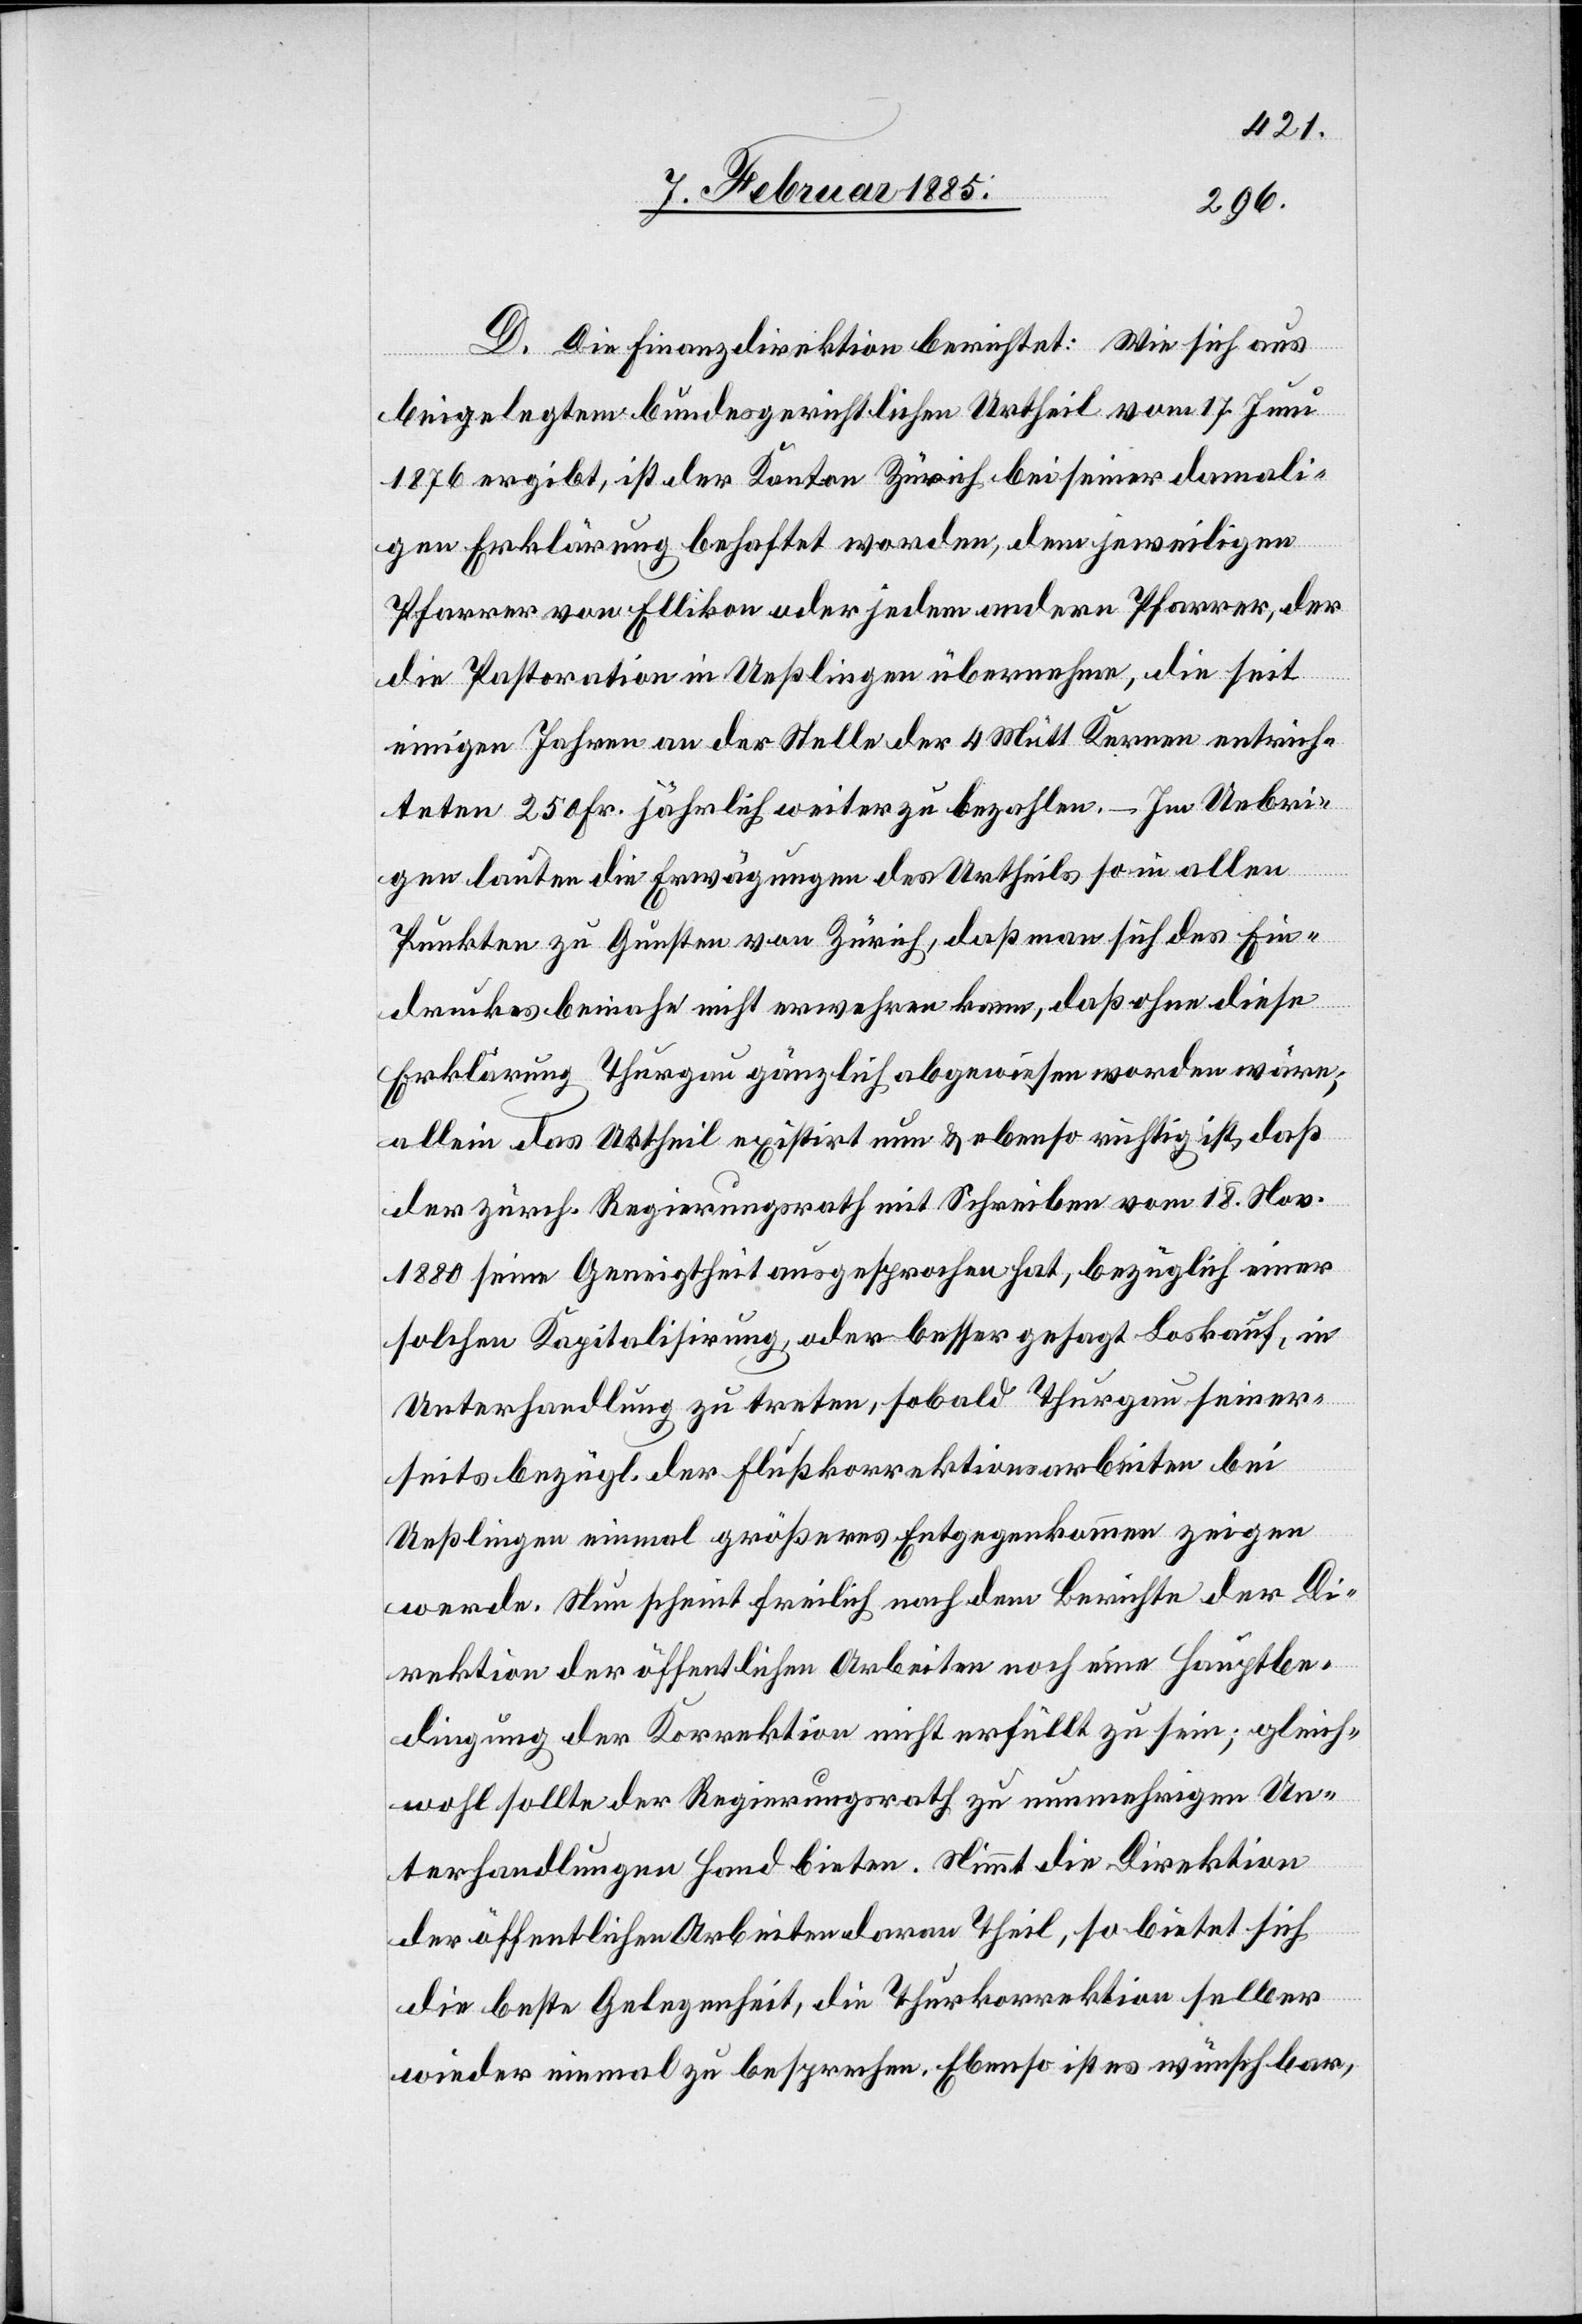
D. Die Finanzdirektion berichtet: Wie sich aus
beigelegtem bundesgerichtlichen Urtheil vom 17. Juni
1876 ergibt, ist der Kanton Zürich bei seiner damali¬
gen Erklärung behaftet worden, dem jeweiligen
Pfarrer von Ellikon oder jedem andern Pfarrer, der
die Pastoration in Ueßlingen übernehme, die seit
einigen Jahren an der Stelle der 4 Mütt. Kernen entrich¬
teten 250 Fr. jährlich weiter zu bezahlen. – Im Uebri¬
gen lauten die Erwägungen des Urtheils so in allen
Punkten zu Gunsten von Zürich, daß man sich des Ein¬
druckes beinahe nicht erwehren kann, daß ohne diese
Erklärung Thurgau gänzlich abgewiesen worden wäre;
allein das Urtheil existirt nun & ebenso richtig ist, daß
der zürch. Regierungsrath mit Schreiben vom 18. Nov.
1880 seine Geneigtheit ausgesprochen hat, bezüglich einer
solchen Kapitalisirung, oder besser gesagt Loskauf, in
Unterhandlung zu treten, sobald Thurgau seiner¬
seits bezügl. der Flußkorrektionsarbeiten bei
Ueßlingen einmal größeres Entgegenkommen zeigen
werde. Nun scheint freilich nach dem Berichte der Di¬
rektion der öffentlichen Arbeiten noch eine Hauptbe¬
dingung der Korrektion nicht erfüllt zu sein; gleich¬
wohl sollte der Regierungsrath zu nunmehrigen Un¬
terhandlungen Hand bieten. Nimmt die Direktion
der öffentlichen Arbeiten daran Theil, so bietet sich
die beste Gelegenheit, die Thurkorrektion selber
wieder einmal zu besprechen. Ebenso ist es wünschbar,